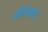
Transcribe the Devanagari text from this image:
परिक्षेसाठी